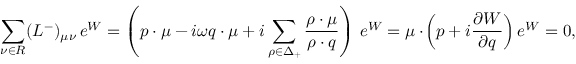
\sum _ { \nu \in { \cal R } } ( L ^ { - } ) _ { \mu \nu } \, e ^ { W } = \left( p \cdot \mu - i \omega q \cdot \mu + i \sum _ { \rho \in \Delta _ { + } } { \frac { \rho \cdot \mu } { \rho \cdot q } } \right) \, e ^ { W } = \mu \cdot \! \left( p + i { \frac { \partial W } { \partial q } } \right) e ^ { W } = 0 ,